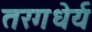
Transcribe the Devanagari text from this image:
तरगधेर्य